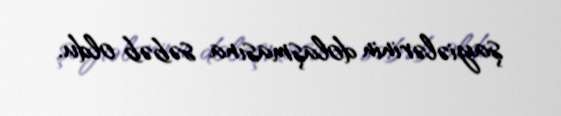
şayiələrinin dolaşmasına səbəb oldu.